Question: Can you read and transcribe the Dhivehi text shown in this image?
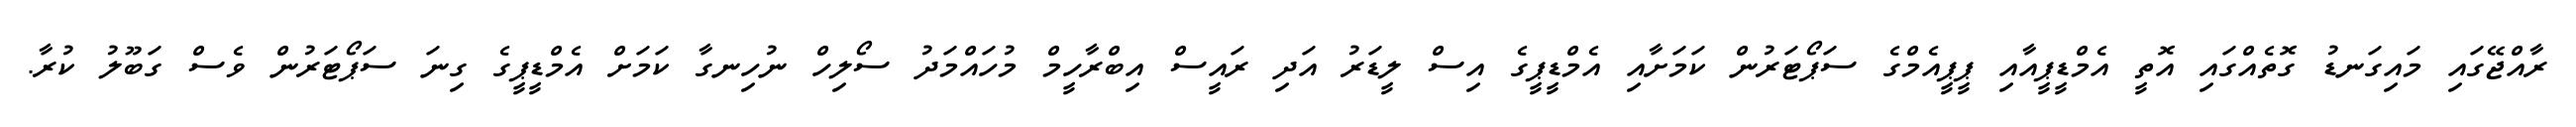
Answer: ރާއްޖޭގައި މައިގަނޑު ގޮތެއްގައި އޮތީ އެމްޑީޕީއާއި ޕީޕީއެމްގެ ސަޕޯޓަރުން ކަމަށާއި އެމްޑީޕީގެ އިސް ލީޑަރު އަދި ރައީސް އިބްރާހީމް މުހައްމަދު ސޯލިހް ނުހިނގާ ކަމަށް އެމްޑީޕީގެ ގިނަ ސަޕޯޓަރުން ވެސް ގަބޫލު ކުރާ.